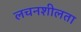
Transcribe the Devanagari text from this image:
लचनशीलता